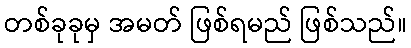
တစ်ခုခုမှ အမတ် ဖြစ်ရမည် ဖြစ်သည်။